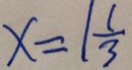
x = 1 \frac { 1 } { 3 }